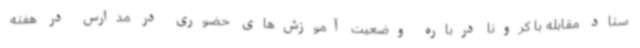
ستاد مقابله با کرونا درباره وضعیت آموزش‌های حضوری در مدارس در هفته